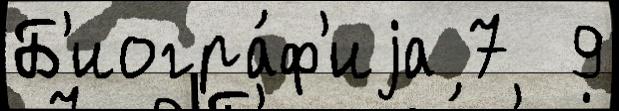
Б'иогра́ф'иjа 7  9